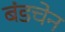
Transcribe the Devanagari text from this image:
बंडचेन